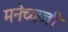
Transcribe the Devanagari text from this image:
मनेच्क्जी